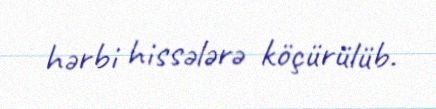
hərbi hissələrə köçürülüb.